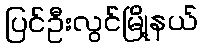
ပြင်ဦးလွင်မြို့နယ်